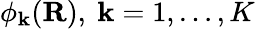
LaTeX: \phi_{\mathbf{k}}(\mathbf{{R}}),\ \mathbf{k}=1,\ldots,K